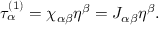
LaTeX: \tau _ { \alpha } ^ { ( 1 ) } = \chi _ { \alpha \beta } \eta ^ { \beta } = J _ { \alpha \beta } \eta ^ { \beta } .